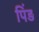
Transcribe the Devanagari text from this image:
पिंड़